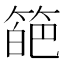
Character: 𥰗